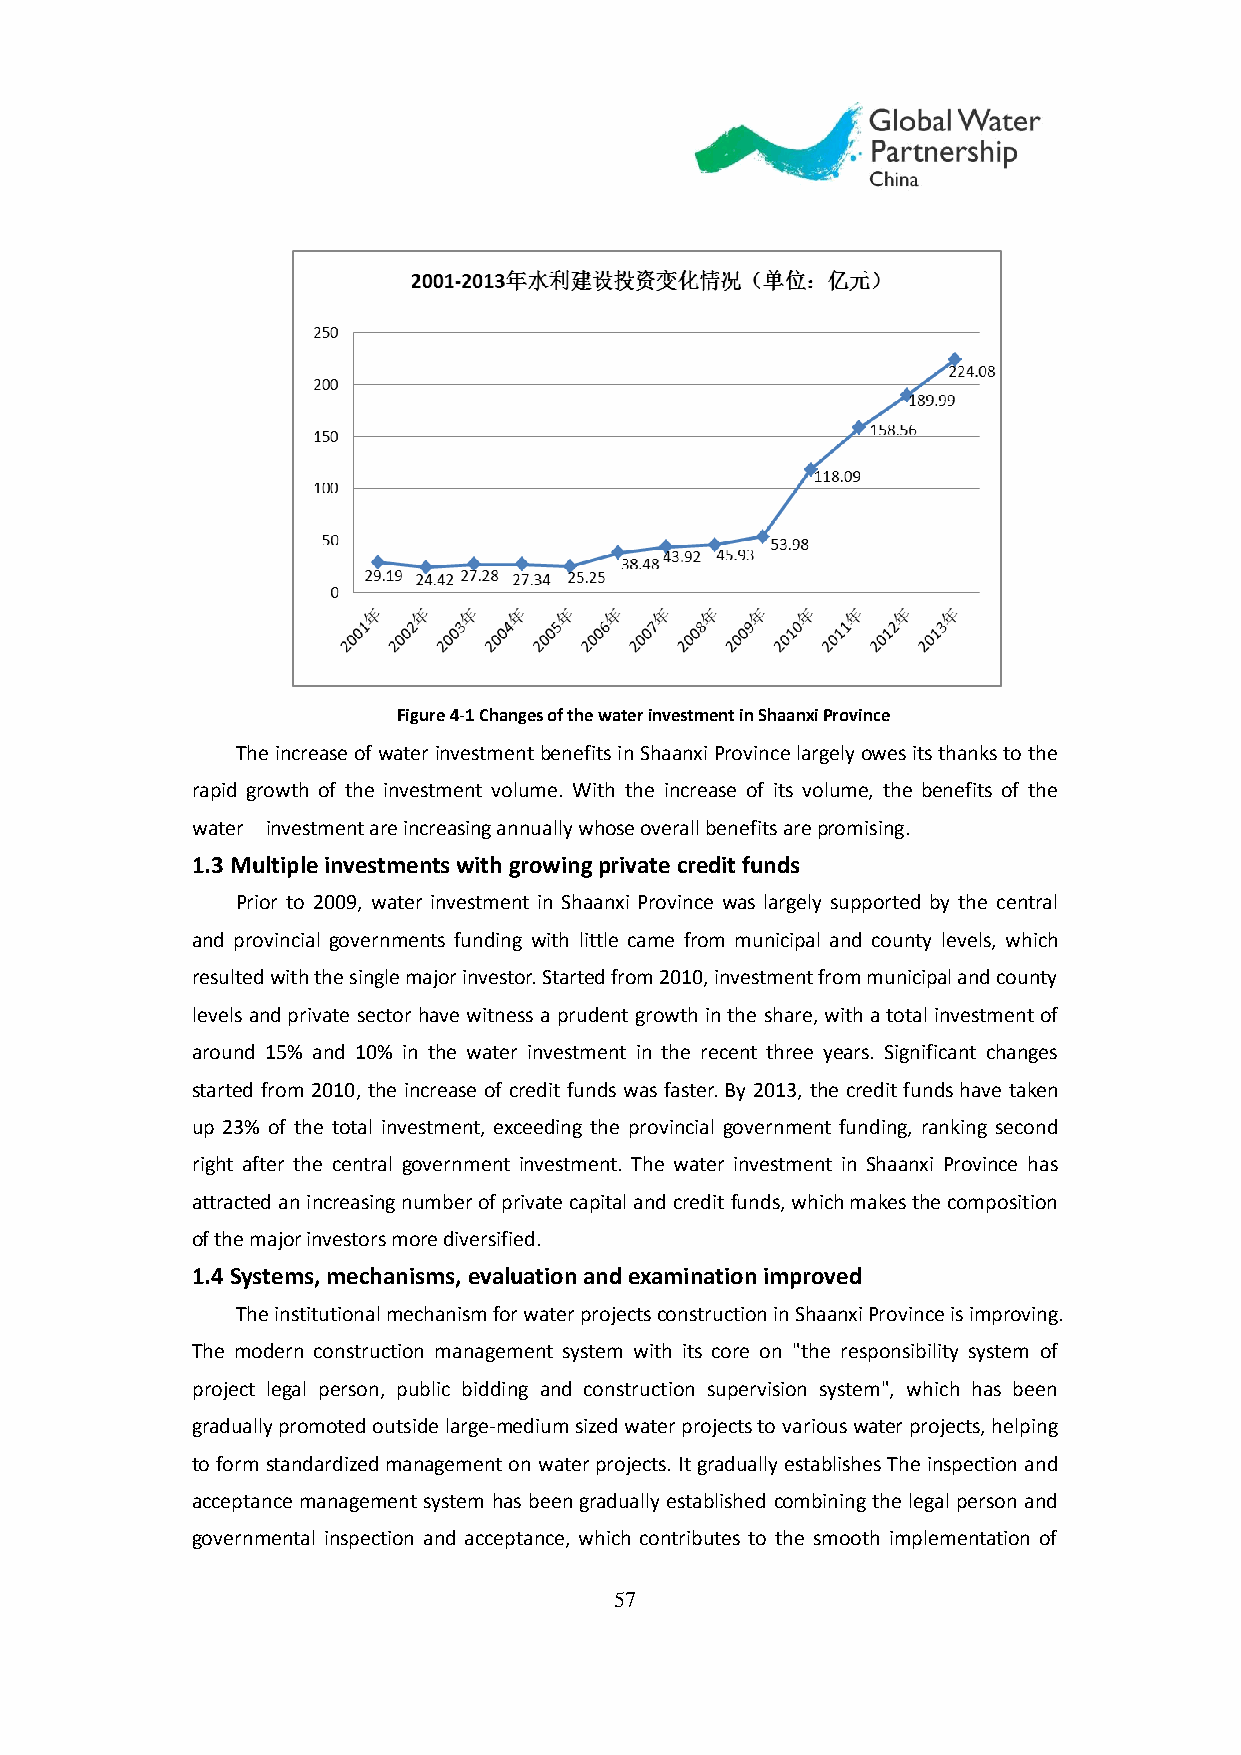
Figure 4-1 Changes of the water investment in Shaanxi Province
 The increase of water investment benefits in Shaanxi Province largely owes its thanks to the
 rapid growth of the investment volume. With the increase of its volume, the benefits of the
 water investment are increasing annually whose overall benefits are promising.
 1.3 Multiple investments with growing private credit funds
 Prior to 2009, water investment in Shaanxi Province was largely supported by the central
 and provincial governments funding with little came from municipal and county levels, which
 resulted with the single major investor. Started from 2010, investment from municipal and county
 levels and private sector have witness a prudent growth in the share, with a total investment of
 around 15% and 10% in the water investment in the recent three years. Significant changes
 started from 2010, the increase of credit funds was faster. By 2013, the credit funds have taken
 up 23% of the total investment, exceeding the provincial government funding, ranking second
 right after the central government investment. The water investment in Shaanxi Province has
 attracted an increasing number of private capital and credit funds, which makes the composition
 of the major investors more diversified.
 1.4 Systems, mechanisms, evaluation and examination improved
 The institutional mechanism for water projects construction in Shaanxi Province is improving.
 The modern construction management system with its core on "the responsibility system of
 project legal person, public bidding and construction supervision system", which has been
 gradually promoted outside large-medium sized water projects to various water projects, helping
 to form standardized management on water projects. It gradually establishes The inspection and
 acceptance management system has been gradually established combining the legal person and
 governmental inspection and acceptance, which contributes to the smooth implementation of
 57